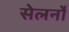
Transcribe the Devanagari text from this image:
सेलर्नो